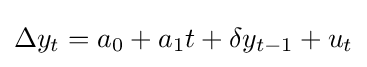
\Delta y_{t}=a_{0}+a_{1}t+\delta y_{t-1}+u_{t}